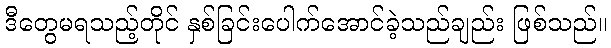
ဒီတွေမရသည့်တိုင် နှစ်ခြင်းပေါက်အောင်ခဲ့သည်ချည်း ဖြစ်သည်။